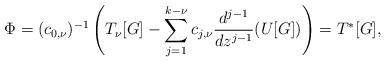
LaTeX: \begin{align*}\Phi = (c_{0, \nu})^{-1} \left( T_\nu[G] - \sum_{j=1}^{k-\nu} c_{j, \nu} \frac{d^{j-1}}{dz^{j-1}}(U[G])\right) = T^*[G] ,\end{align*}